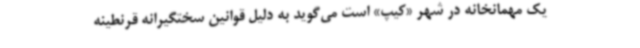
یک مهمانخانه در شهر «کیپ» است می‌گوید به دلیل قوانین سختگیرانه قرنطینه